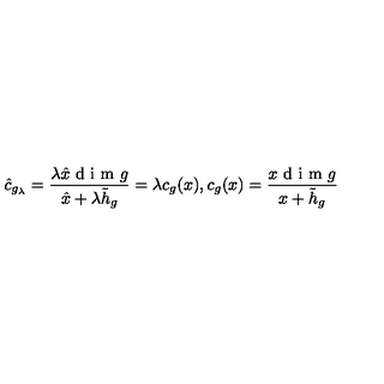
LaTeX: \hat { c } _ { g _ { \lambda } } = \frac { \lambda \hat { x } \textup { d i m } g } { \hat { x } + \lambda \tilde { h } _ { g } } = \lambda c _ { g } ( x ) , c _ { g } ( x ) = \frac { x \textup { d i m } g } { x + \tilde { h } _ { g } }